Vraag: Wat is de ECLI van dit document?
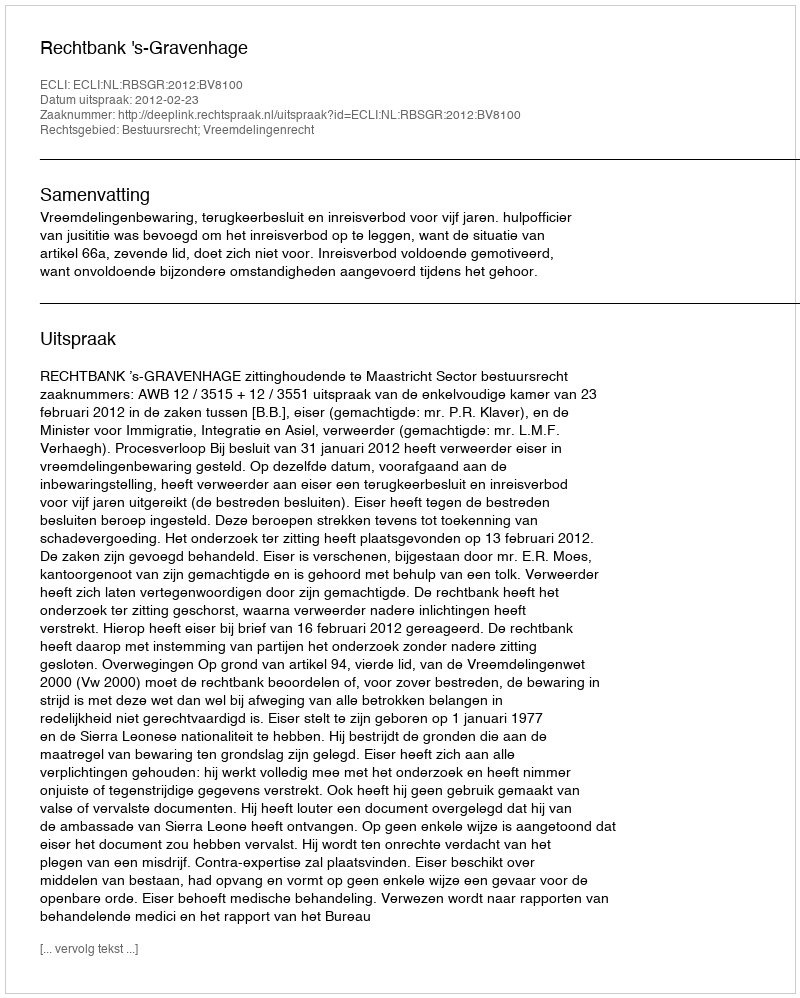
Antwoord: ECLI:NL:RBSGR:2012:BV8100